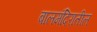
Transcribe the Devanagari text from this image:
बालमंदिरातील